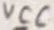
Text: VCC